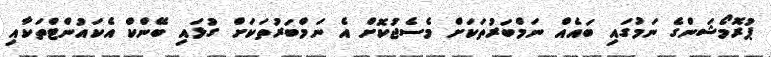
ޕުރޮމޯޝަންގެ ނަމުގައި ބައެއް ނަމްބަރުތަކަށް މެސެޖުކޮށް އެ ނަމްބަރުތަކަށް ގުޅައި ބޭންކް އެކައުންޓްތަކާއި